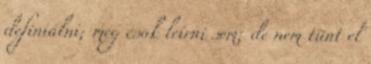
definiálni; még csak leírni sem; de nem tűnt el